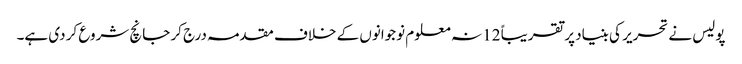
پولیس نے تحریر کی بنیاد پر تقریباً 12 نہ معلوم نوجوانوں کے خلاف مقدمہ درج کر جانچ شروع کر دی ہے۔